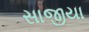
સાજીયા